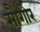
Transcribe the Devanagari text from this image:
सौगोर